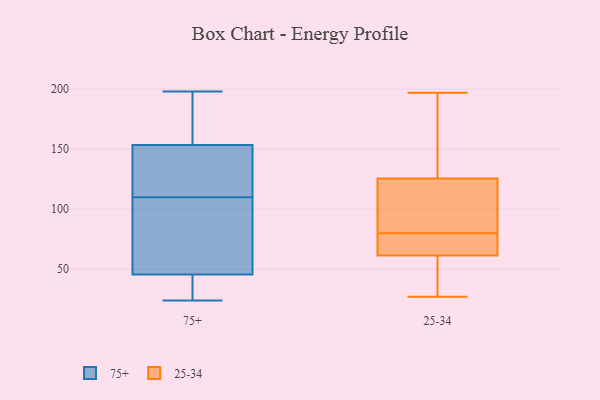
{"axis": {"x": "Satisfaction Score", "y": "Value"}, "legend": ["25-34", "75+"], "data": [{"x": "", "y": 187, "type": "75+"}, {"x": "", "y": 117, "type": "75+"}, {"x": "", "y": 46, "type": "75+"}, {"x": "", "y": 182, "type": "75+"}, {"x": "", "y": 90, "type": "75+"}, {"x": "", "y": 198, "type": "75+"}, {"x": "", "y": 135, "type": "75+"}, {"x": "", "y": 103, "type": "75+"}, {"x": "", "y": 28, "type": "75+"}, {"x": "", "y": 24, "type": "75+"}, {"x": "", "y": 45, "type": "75+"}, {"x": "", "y": 176, "type": "75+"}, {"x": "", "y": 149, "type": "75+"}, {"x": "", "y": 27, "type": "75+"}, {"x": "", "y": 141, "type": "75+"}, {"x": "", "y": 32, "type": "75+"}, {"x": "", "y": 73, "type": "75+"}, {"x": "", "y": 130, "type": "75+"}, {"x": "", "y": 64, "type": "75+"}, {"x": "", "y": 158, "type": "75+"}, {"x": "", "y": 82, "type": "25-34"}, {"x": "", "y": 68, "type": "25-34"}, {"x": "", "y": 129, "type": "25-34"}, {"x": "", "y": 197, "type": "25-34"}, {"x": "", "y": 55, "type": "25-34"}, {"x": "", "y": 78, "type": "25-34"}, {"x": "", "y": 27, "type": "25-34"}, {"x": "", "y": 76, "type": "25-34"}, {"x": "", "y": 130, "type": "25-34"}, {"x": "", "y": 122, "type": "25-34"}, {"x": "", "y": 115, "type": "25-34"}, {"x": "", "y": 55, "type": "25-34"}]}